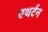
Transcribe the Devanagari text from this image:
एथर्टन